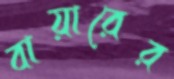
বায়ারের